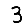
Digit: 3